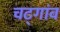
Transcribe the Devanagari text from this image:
चट्गांव